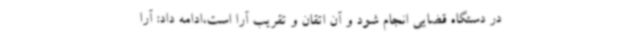
در دستگاه قضایی انجام شود و آن اتقان و تقریب آرا است،ادامه داد: آرا